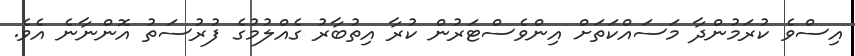
އިސްވެ ކުރަމުންދާ މަސައްކަތަށް އިންވެސްޓަރުން ކުރާ އިތުބާރު ގެއްލުމުގެ ފުރުސަތު އޮންނާނެ އެވެ.